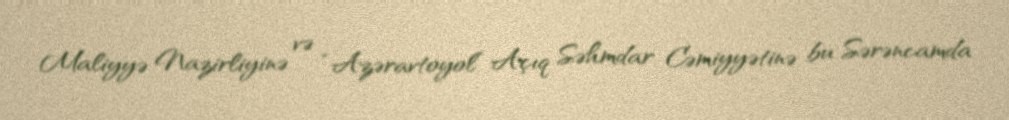
Maliyyə Nazirliyinə və “Azəravtoyol” Açıq Səhmdar Cəmiyyətinə bu Sərəncamda